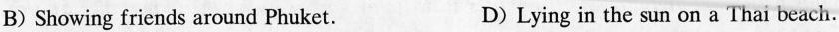
B) Showing friends around Phuket. D) Lying in the sun on a Thai beach.